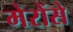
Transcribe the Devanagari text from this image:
मेरोंसे